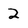
Character: 2